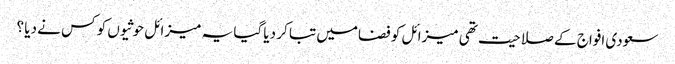
سعودی افواج کے صلاحیت تھی میزائل کو فضامیں تبا کر دیا گیا یہ میزائل حوثیوں کو کس نے دیا ؟